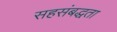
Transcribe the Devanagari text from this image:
सहसंबद्धता